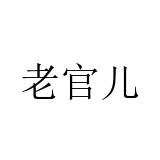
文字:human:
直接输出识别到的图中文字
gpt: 老官儿